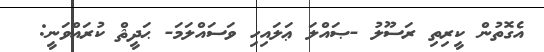
އެގޮތުން ކީރިތި ރަސޫލު -ޞައްލަ ޢަލައިހި ވަސައްލަމަ- ޙަދީޘް ކުރައްވަނީ: